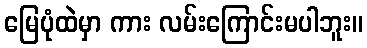
မြေပုံထဲမှာ ကား လမ်းကြောင်းမပါဘူး။